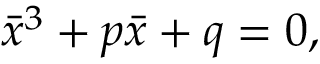
\bar { x } ^ { 3 } + p \bar { x } + q = 0 ,